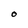
Character: O